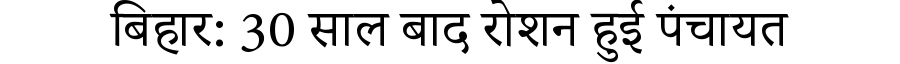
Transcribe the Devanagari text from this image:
बिहार: 30 साल बाद रोशन हुई पंचायत